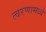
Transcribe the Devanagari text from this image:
त्वरणामध्ये